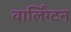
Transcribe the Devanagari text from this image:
वार्लिंग्टन